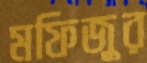
মফিজুর